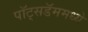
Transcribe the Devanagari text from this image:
पॉट्सडॅममध्ये